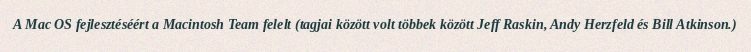
A Mac OS fejlesztéséért a Macintosh Team felelt (tagjai között volt többek között Jeff Raskin, Andy Herzfeld és Bill Atkinson.)